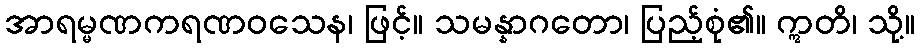
အာရမ္မဏကရဏဝသေန၊ ဖြင့်။ သမန္နာဂတော၊ ပြည့်စုံ၏။ ဣတိ၊ သို့။